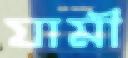
যামী